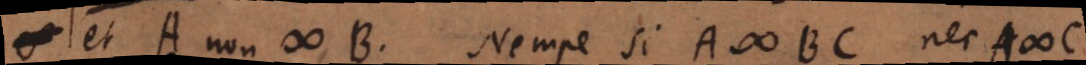
A non # B. Nempe si A # BC nec A #